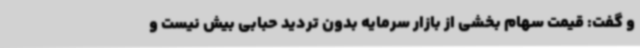
و گفت: قیمت سهام بخشی از بازار سرمایه بدون تردید حبابی بیش نیست و